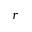
r